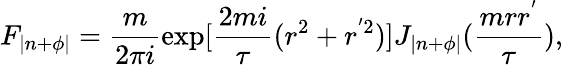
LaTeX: F_{|n+\phi|}=\frac{m}{2\pi i}\exp[\frac{2mi}{\tau}(r^{2}+r^{'2})]J_{|n+\phi|}(\frac{mrr^{'}}{\tau}),